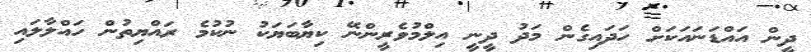
ދީން އައްޑަނައަކަށް ހަދައިގެން މަދު ދީނީ އިލްމުވެރީންނޭ ކިޔާބަޔަކު ނުކުމެ ރައްޔިތުން ހައްލާލައި